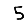
Digit: 5